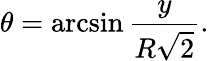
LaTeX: \theta=\arcsin{\frac{y}{R{\sqrt{2}}}}.